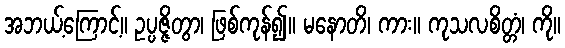
အဘယ့်ကြောင့်။ ဥပ္ပဇ္ဇိတွာ၊ ဖြစ်ကုန်၍။ မနောတိ၊ ကား။ ကုသလစိတ္တံ၊ ကို။